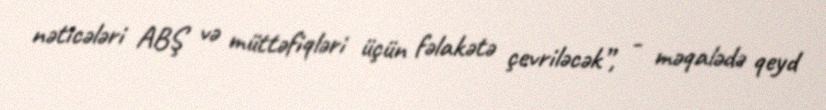
nəticələri ABŞ və müttəfiqləri üçün fəlakətə çevriləcək”, - məqalədə qeyd